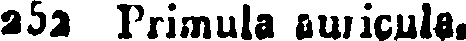
252 Primula auricula,